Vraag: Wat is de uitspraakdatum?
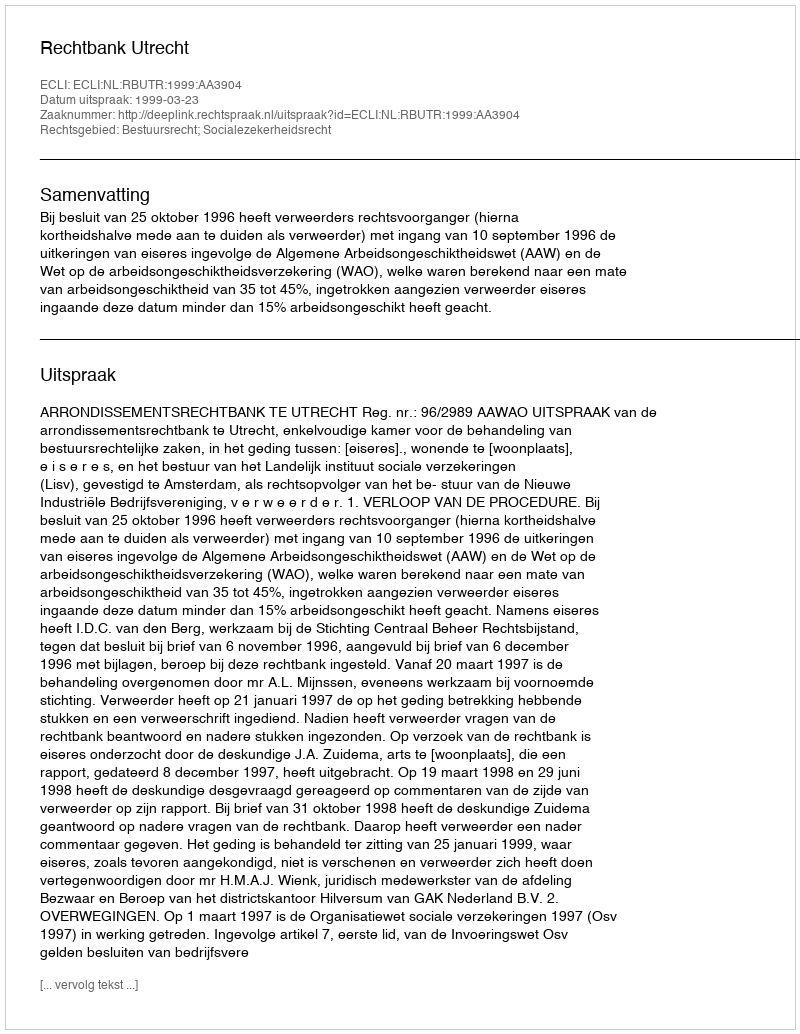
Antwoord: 1999-03-23